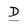
Character: D